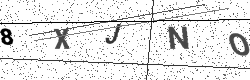
Text: 8XJNO